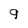
Character: 9